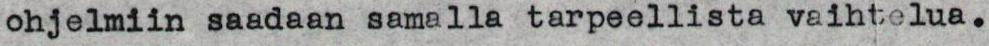
ohjelmiin saadaan samalla tarpeellista vaihtelua.